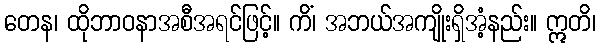
တေန၊ ထိုဘာဝနာအစီအရင်ဖြင့်။ ကိံ၊ အဘယ်အကျိုးရှိအံ့နည်း။ ဣတိ၊